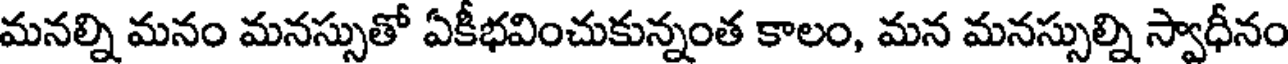
మనల్ని మనం మనస్సుతో ఏకీభవించుకున్నంత కాలం, మన మనస్సుల్ని స్వాధీనం